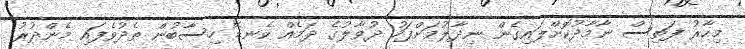
މިހާރު ފަތިސް ނާމާދުކޮށްލައިގެން ނިދާލުމަށްފަހު ދުވާލުގެ ދަމެއް ކެނޑޭ ހިސާބުން ތެދުވެފައި މެންދުރު